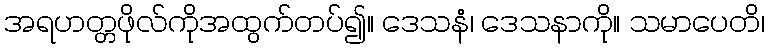
အရဟတ္တဖိုလ်ကိုအထွက်တပ်၍။ ဒေသနံ၊ ဒေသနာကို။ သမာပေတိ၊